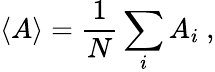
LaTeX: \langle A\rangle=\frac{1}{N}\sum_{i}A_{i}\ ,